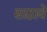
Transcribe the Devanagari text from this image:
साठावे